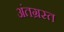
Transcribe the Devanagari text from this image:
अंतग्रस्त